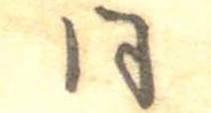
同